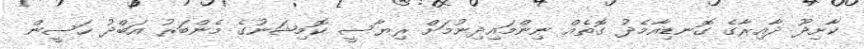
ކާށިދޫ ދާއިރާގެ ގޮނޑިއާމެދު ގޮތެއް ނިންމައިދިނުމަށް ރިޔާސީ ކޮމިޝަނުގެ މެންބަރު އަބްދު ހަސީން